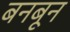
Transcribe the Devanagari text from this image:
बनबून